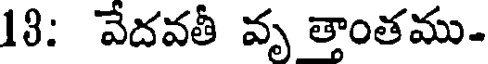
18: వేదవతీ వృ త్తాంతము-